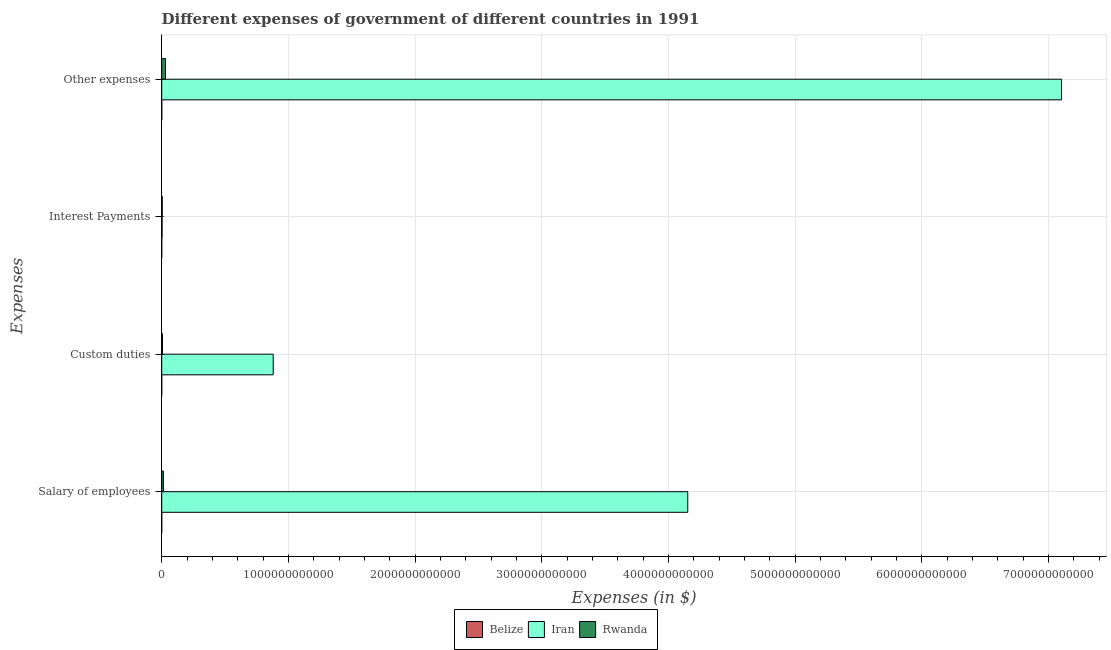
| Expenses | Belize | Iran | Rwanda |
 | --- | --- | --- | --- |
 | Salary of employees | 9.61e+07 | 4.15e+12 | 1.33e+10 |
 | Custom duties | 1.06e+08 | 8.8e+11 | 6.24e+09 |
 | Interest Payments | 1.08e+07 | 3e+09 | 4.29e+09 |
 | Other expenses | 1.51e+08 | 7.1e+12 | 2.95e+10 |